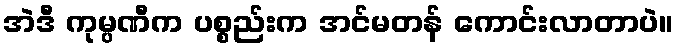
အဲဒီ ကုမ္ပဏီက ပစ္စည်းက အင်မတန် ကောင်းလာတာပဲ။